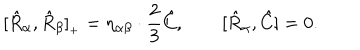
[ \hat { R } _ { \alpha } , \hat { R } _ { \beta } ] _ { { } _ { + } } = \eta _ { \alpha \beta } \cdot \frac { 2 } { 3 } \hat { C } , \qquad [ \hat { R } _ { \alpha } , \hat { C } ] = 0 .